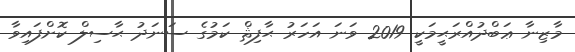
މާޒިނާ ޢަބްދުއްރަޙީމަކީ 2019 ވަނަ އަހަރު ޙާފިޘް ކަމުގެ ސަނަދު ޙާސިލް ކޮށްފައިވާ